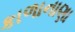
કાળાનાણા